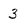
Character: 3